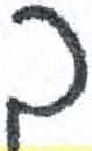
אות: ך